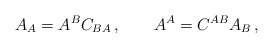
\begin{align*}A_A = A^BC_{BA} \,,\qquad A^A = C^{AB} A_B\,, \end{align*}